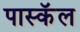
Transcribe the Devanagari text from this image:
पास्कॅल